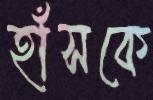
হাঁসকে